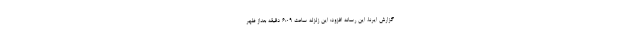
گزارش ایرنا، این رسانه افزود: این زلزله ساعت ۶:۰۹ دقیقه بعداز ظهر